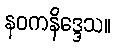
နဝကနိဒ္ဒေသ။